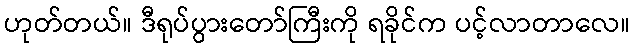
ဟုတ်တယ်။ ဒီရုပ်ပွားတော်ကြီးကို ရခိုင်က ပင့်လာတာလေ။